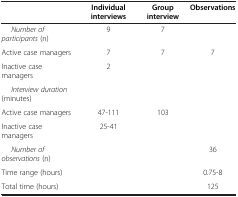
|  | Individual interviews | Group interview | Observations |
 | --- | --- | --- | --- |
 | Number of participants (n) | 9 | 7 |  |
 | Active case managers | 7 | 7 | 7 |
 | Inactive case managers | 2 |  |  |
 | Interview duration (minutes) |  |  |  |
 | Active case managers | 47-111 | 103 |  |
 | Inactive case managers | 25-41 |  |  |
 | Number of observations (n) |  |  | 36 |
 | Time range (hours) |  |  | 0.75-8 |
 | Total time (hours) |  |  | 125 |